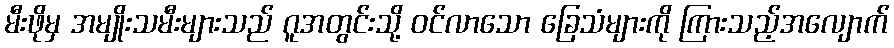
မီးဖိုမှ အမျိုးသမီးများသည် ဂူအတွင်းသို့ ဝင်လာသော ခြေသံများကို ကြားသည့်အလျောက်